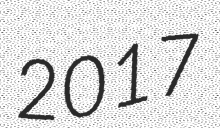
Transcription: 2017